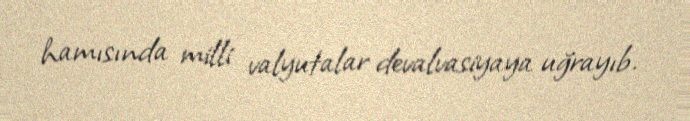
hamısında milli valyutalar devalvasiyaya uğrayıb.